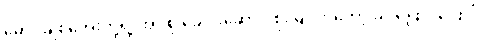
မောင်ချစ်အေးတို့ရဲ့ အုပ်စု ခေါင်းဆောင် စိုးမြင့်ကတော့ ခပ်ပြောင်ပြောင်ပဲ။